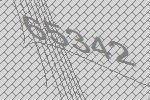
65342